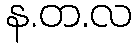
န.တ.လ